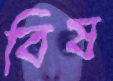
বিষ